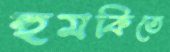
হুমকিতে